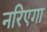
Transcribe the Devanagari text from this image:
नरिएगा